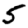
Digit: 5